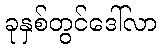
ခုနှစ်တွင်ဒေါ်လာ